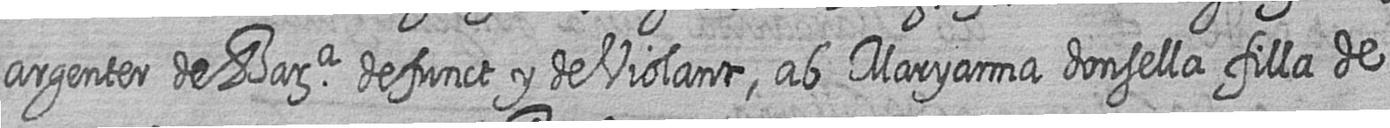
argenter de Bara defunct y de Violant ab Maryanna donsella filla de